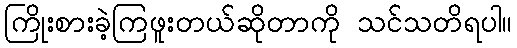
ကြိုးစားခဲ့ကြဖူးတယ်ဆိုတာကို သင်သတိရပါ။